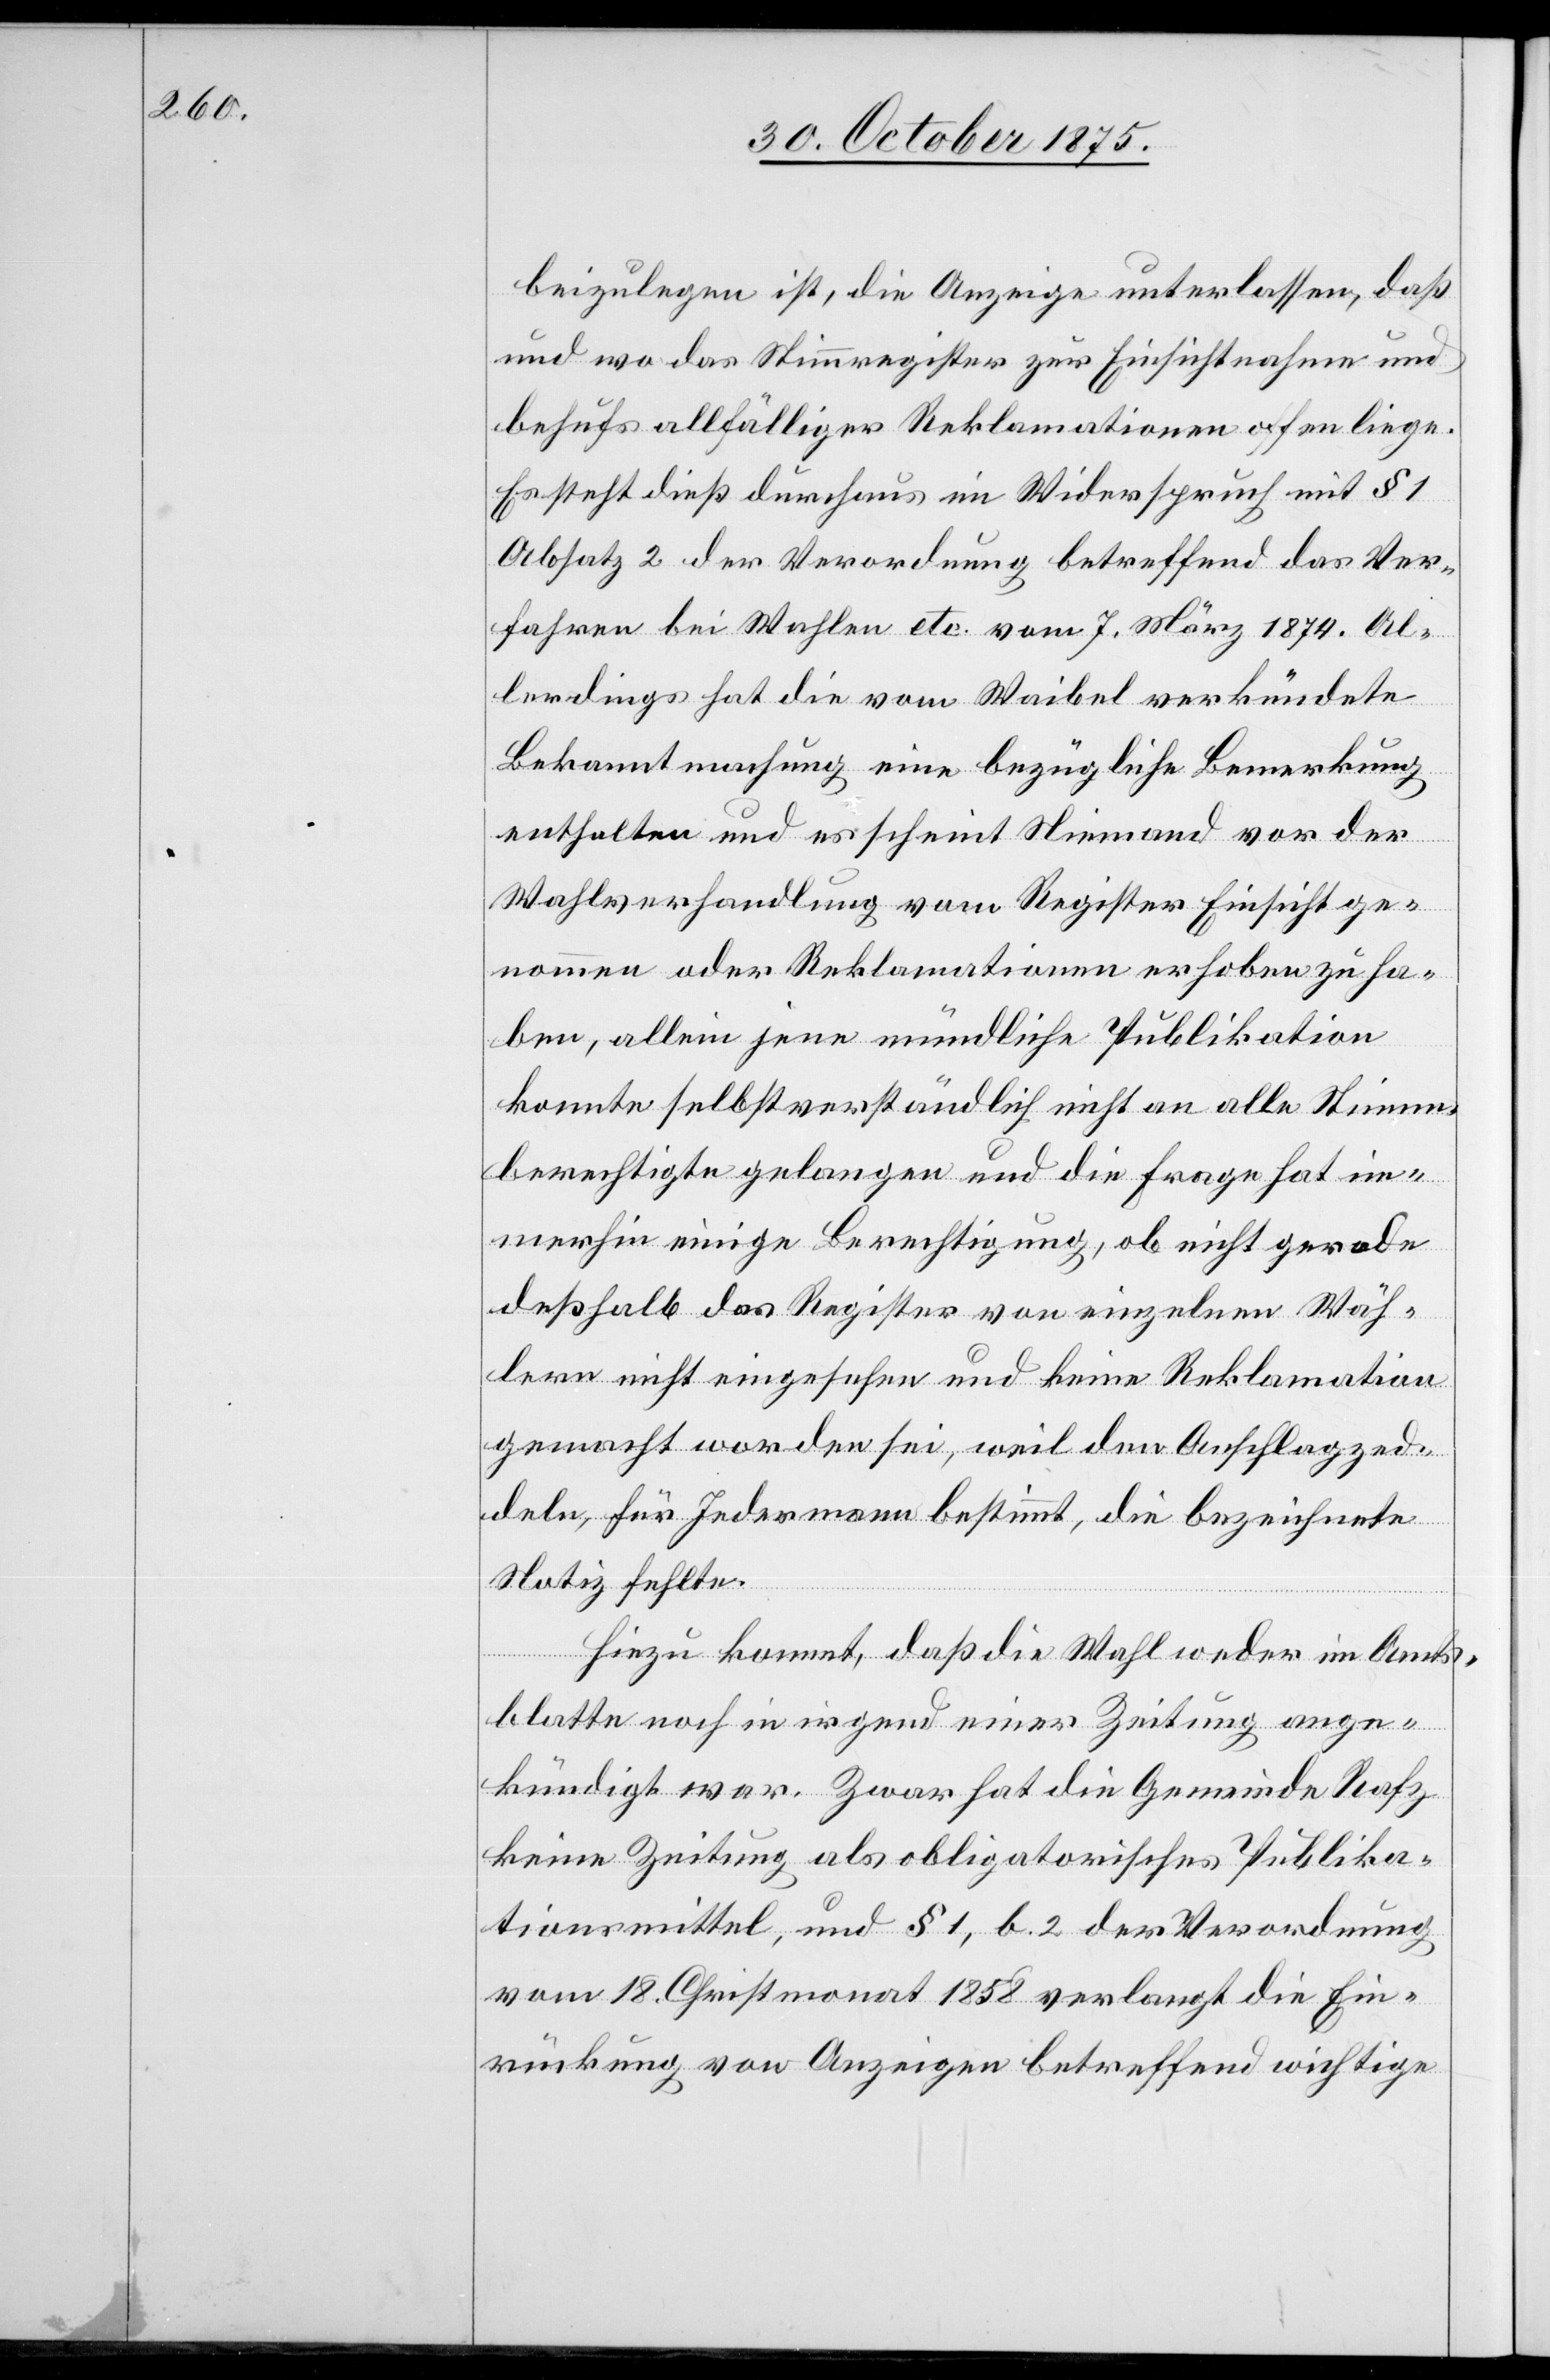
beizulegen ist, die Anzeige unterlassen, daß
und wo das Stimmregister zur Einsichtnahme und
behufs allfälliger Reklamationen offen liege.
Es steht dieß durchaus im Widerspruch mit § 1
Absatz 2 der Verordnung betreffend das Ver¬
fahren bei Wahlen etc. vom 7. März 1874. Al¬
lerdings hat die vom Waibel verkündete
Bekanntmachung eine bezügliche Bemerkung
enthalten und es scheint Niemand vor der
Wahlverhandlung vom Register Einsicht ge¬
nommen oder Reklamationen erhoben zu ha¬
ben, allein jene mündliche Publikation
konnte selbstverständlich nicht an alle Stimm¬
berechtigte gelangen und die Frage hat im¬
merhin einige Berechtigung, ob nicht gerade
deßhalb das Register von einzelnen Wäh¬
lern nicht eingesehen und keine Reklamation
gemacht worden sei, weil den Anschlagzed¬
deln, für Jedermann bestimmt, die bezeichnete
Notiz fehlte.
Hiezu kommt, daß die Wahl weder im Amts¬
blatte noch in irgend einer Zeitung ange¬
kündigt war. Zwar hat die Gemeinde Rafz
keine Zeitung als obligatorisches Publika¬
tionsmittel, und § 1, b 2 der Verordnung
vom 18. Christmonat 1858 verlangt die Ein¬
rückung von Anzeigen betreffend wichtige